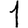
Digit: 1